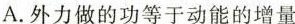
A.外力做的功等于动能的增量